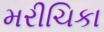
મરીચિકા